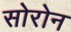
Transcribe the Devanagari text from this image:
सोरोन